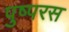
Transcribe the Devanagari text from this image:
पुष्परस